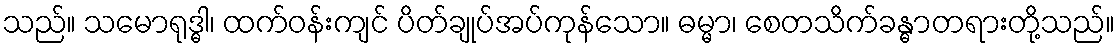
သည်။ သမောရုဒ္ဓါ၊ ထက်ဝန်းကျင် ပိတ်ချုပ်အပ်ကုန်သော။ ဓမ္မာ၊ စေတသိက်ခန္ဓာတရားတို့သည်။